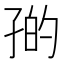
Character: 𪦼